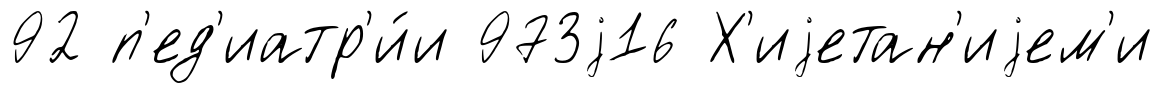
92 п'ед'иатр'и́и 973j16 Х'иjетан'иjем'и